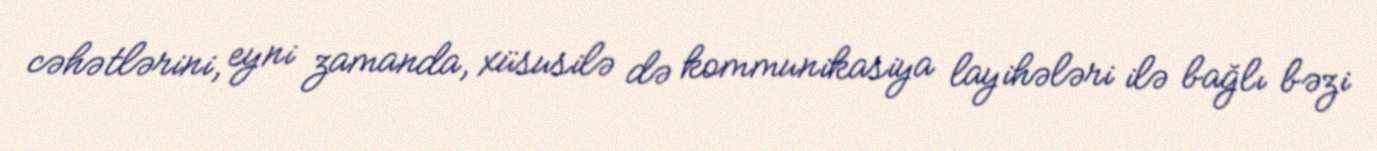
cəhətlərini, eyni zamanda, xüsusilə də kommunikasiya layihələri ilə bağlı bəzi